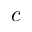
c